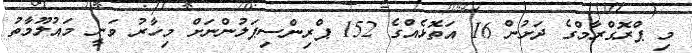
މި ޕްރޮގްރާމްގެ ދަށުން 16 އަތޮޅެއްގެ 152 ޕްރިންސިޕަލުންނަށް މިހާރު ވަނީ މައުލޫމާތު